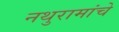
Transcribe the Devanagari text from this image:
नथुरामांचे